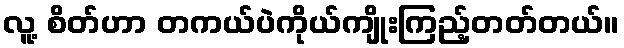
လူ့ စိတ်ဟာ တကယ်ပဲကိုယ်ကျိုးကြည့်တတ်တယ်။